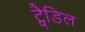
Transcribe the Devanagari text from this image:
ट्वैडिल